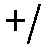
+/